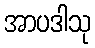
အာပဒါသု